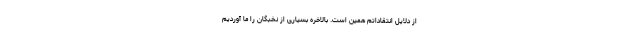
از دلایل انتقاداتم همین است. بالاخره بسیاری از نخبگان را ما آوردیم